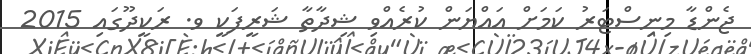
ޖެންޑާ މިނިސްޓަރު ކަމަށް އައްޔަން ކުރެއްވި ޝިދާތާ ޝަރީފަކީ ވ. ރަކީދޫގައި 2015